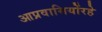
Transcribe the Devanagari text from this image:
आप्रवासियोंरहे